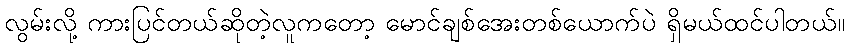
လွမ်းလို့ ကားပြင်တယ်ဆိုတဲ့လူကတော့ မောင်ချစ်အေးတစ်ယောက်ပဲ ရှိမယ်ထင်ပါတယ်။